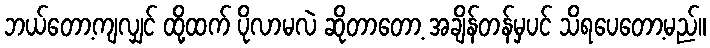
ဘယ်တော့ကျလျှင် ထို့ထက် ပိုလာမလဲ ဆိုတာတော့ အချိန်တန်မှပင် သိရပေတော့မည်။